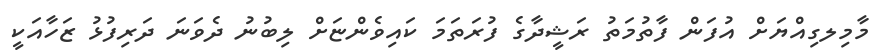
މާމިލގިއްޔަށް އުފަން ފާތުމަތު ރަޝީދާގެ ފުރަތަމަ ކައިވެންޏަށް ލިބުނު ދެވަނަ ދަރިފުޅު ޒަހާއަކީ